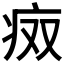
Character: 𰣨